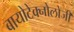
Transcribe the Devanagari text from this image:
बायोटेक्नोलोजी